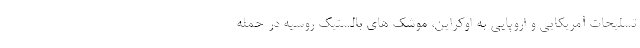
تسلیحات آمریکایی و اروپایی به اوکراین، موشک های بالستیک روسیه در حمله